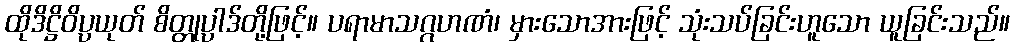
ထိုဒိဋ္ဌိဝိပ္ပယုတ် စိတ္တုပ္ပါဒ်တို့ဖြင့်။ ပရာမာသဂ္ဂဟဏံ၊ မှားသောအားဖြင့် သုံးသပ်ခြင်းဟူသော ယူခြင်းသည်။